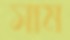
সাম